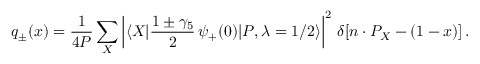
q _ { \pm } ( x ) = { \frac { 1 } { 4 P } } \sum _ { X } \left| \langle X | { \frac { 1 \pm \gamma _ { 5 } } { 2 } } \, \psi _ { + } ( 0 ) | P , \lambda = 1 / 2 \rangle \right| ^ { 2 } \, \delta [ n \cdot P _ { X } - ( 1 - x ) ] \, .